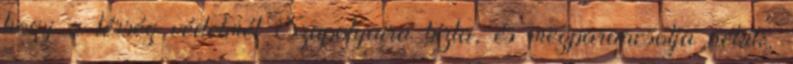
hogy a térség védelmét Szapolyaira bízta, és megparancsolja nekik,